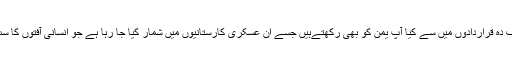
انہیں تکلیف ده قراردادوں میں سے کیا آپ یمن کو بهى رکھتےہیں جسے ان عسکرى کارستانیوں میں شمار کیا جا رہا ہے جو انسانى آفتوں کا سب بنا ہے؟